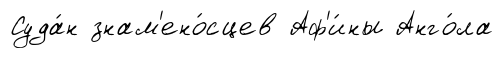
Суда́н знам'ено́сцев Аф'и́ны Анго́ла